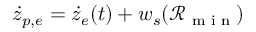
\dot { z } _ { p , e } = \dot { z } _ { e } ( t ) + w _ { s } ( \mathcal { R } _ { \textrm { m i n } } )